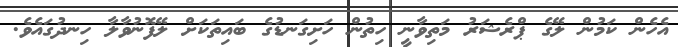
އެހެން ކަމުން ލޭގެ ޕްރެޝަރު މަތިވާނީ ހިތުން ހަށިގަނޑުގެ ބައިތަކަށް ލޭފޮނުވާލާ ހިނދުގައެވެ.